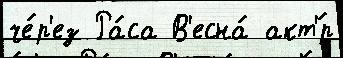
че́р'ез Ра́са В'есна́ акт'́р